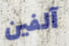
آلفين